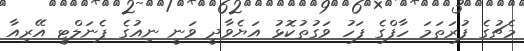
މެޗުގެ ފުރަތަމަ ހާފްގެ ފަހު ވަގުތުކޮޅު އަޔެވާދީ ވަނީ ނިއުގެ ޕެނަލްޓީ އޭރިއާ